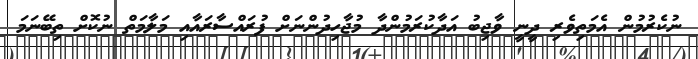
ނުކެރުމުން އެމަތިވެރި ދީނީ ވާޖިބު އަދާކުރަމުންދާ މުޖާހިދުންނަށް ފުރައްސާރައާއި މަލާމަތް ނުކޮށް ތިބޭނަމަ